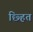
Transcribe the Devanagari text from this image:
छ्हित